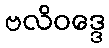
ဗလိဝဒ္ဒေ